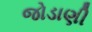
જોડાણી